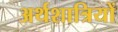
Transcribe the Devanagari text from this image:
अर्थशात्रियों